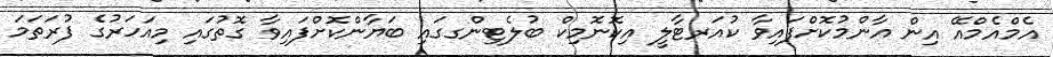
އެމްއެމްއޭ އިން އާންމުކޮށްފައިވާ ކުއަރޓާލީ އިކޮނޮމިކް ބުލެޓިންގގައި ބަޔާންކޮށްފައިވާ ގޮތުގައި މިއަހަރުގެ ފުރަތަމަ